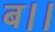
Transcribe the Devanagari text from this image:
ब।।